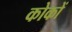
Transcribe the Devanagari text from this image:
कोकों